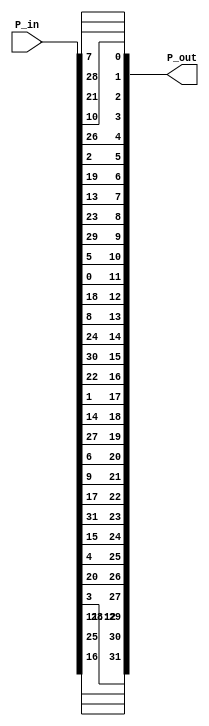
`timescale 1ns / 1ps

module P_box(
    input [0:31] P_in,
    output [0:31] P_out
    );
assign P_out[0] = P_in[15];
assign P_out[1] = P_in[6];
assign P_out[2] = P_in[19];
assign P_out[3] = P_in[20];
assign P_out[4] = P_in[28];
assign P_out[5] = P_in[11];
assign P_out[6] = P_in[27];
assign P_out[7] = P_in[16];
assign P_out[8] = P_in[0];
assign P_out[9] = P_in[14];
assign P_out[10] = P_in[22];
assign P_out[11] = P_in[25];
assign P_out[12] = P_in[4];
assign P_out[13] = P_in[17];
assign P_out[14] = P_in[30];
assign P_out[15] = P_in[9];
assign P_out[16] = P_in[1];
assign P_out[17] = P_in[7];
assign P_out[18] = P_in[23];
assign P_out[19] = P_in[13];
assign P_out[20] = P_in[31];
assign P_out[21] = P_in[26];
assign P_out[22] = P_in[2];
assign P_out[23] = P_in[8];
assign P_out[24] = P_in[18];
assign P_out[25] = P_in[12];
assign P_out[26] = P_in[29];
assign P_out[27] = P_in[5];
assign P_out[28] = P_in[21];
assign P_out[29] = P_in[10];
assign P_out[30] = P_in[3];
assign P_out[31] = P_in[24];
endmodule